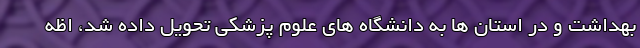
بهداشت و در استان ها به دانشگاه های علوم پزشکی تحویل داده شد، اظه